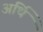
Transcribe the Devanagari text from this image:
अर्थि